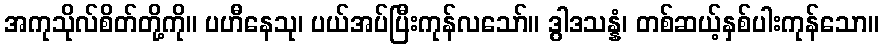
အကုသိုလ်စိတ်တို့ကို။ ပဟီနေသု၊ ပယ်အပ်ပြီးကုန်လသော်။ ဒွါဒသန္နံ၊ တစ်ဆယ့်နှစ်ပါးကုန်သော။